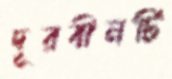
দূরবীনটি